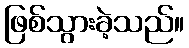
ဖြစ်သွားခဲ့သည်။